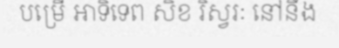
បម្រើ អាទិទេព សិខ រិស្វរៈ នៅនឹង